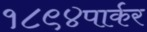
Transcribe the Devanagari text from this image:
१८९४पार्कर